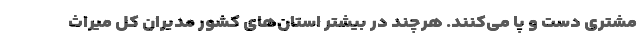
مشتری دست و پا می‌کنند. هرچند در بیشتر استان‌های کشور مدیران کل میراث